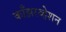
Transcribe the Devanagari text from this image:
काँझरव्हेशन